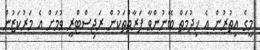
މީގެ އިތުރުން އެ ޚިދުމަތް ބޭނުންވާ ފަރާތްތަކުން ރަޖިސްޓްރީ ވުމަށް އެ މަރުކަޒުން